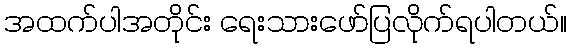
အထက်ပါအတိုင်း ရေးသားဖော်ပြလိုက်ရပါတယ်။